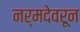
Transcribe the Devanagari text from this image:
नर्मदेवरून